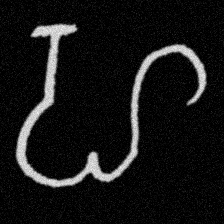
Pyu character \u2014 Myanmar letter: ဟ (romanized: ha)